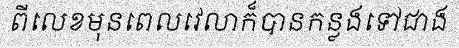
ពីលេខមុនពេលវេលាក៏បានកន្លងទៅជាង